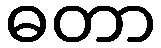
ဓတာ